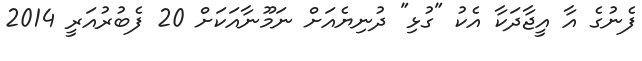
ފެނުގެ އާ އީޖާދަކާ އެކު "ގުޅި" ދުނިޔެއަށް ނަމޫނާއަކަށް 20 ފެބުރުއަރީ 2014